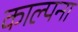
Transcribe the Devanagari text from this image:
काल्पना